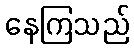
နေကြသည်